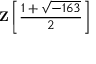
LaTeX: \mathbf { Z } \left[ { \frac { 1 + { \sqrt { - 1 6 3 } } } { 2 } } \right]